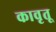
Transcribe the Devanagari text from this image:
कावृतू